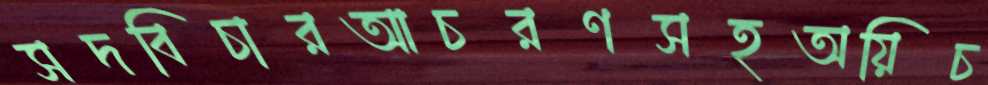
সদবিচারআচরণসহঅয়িচ